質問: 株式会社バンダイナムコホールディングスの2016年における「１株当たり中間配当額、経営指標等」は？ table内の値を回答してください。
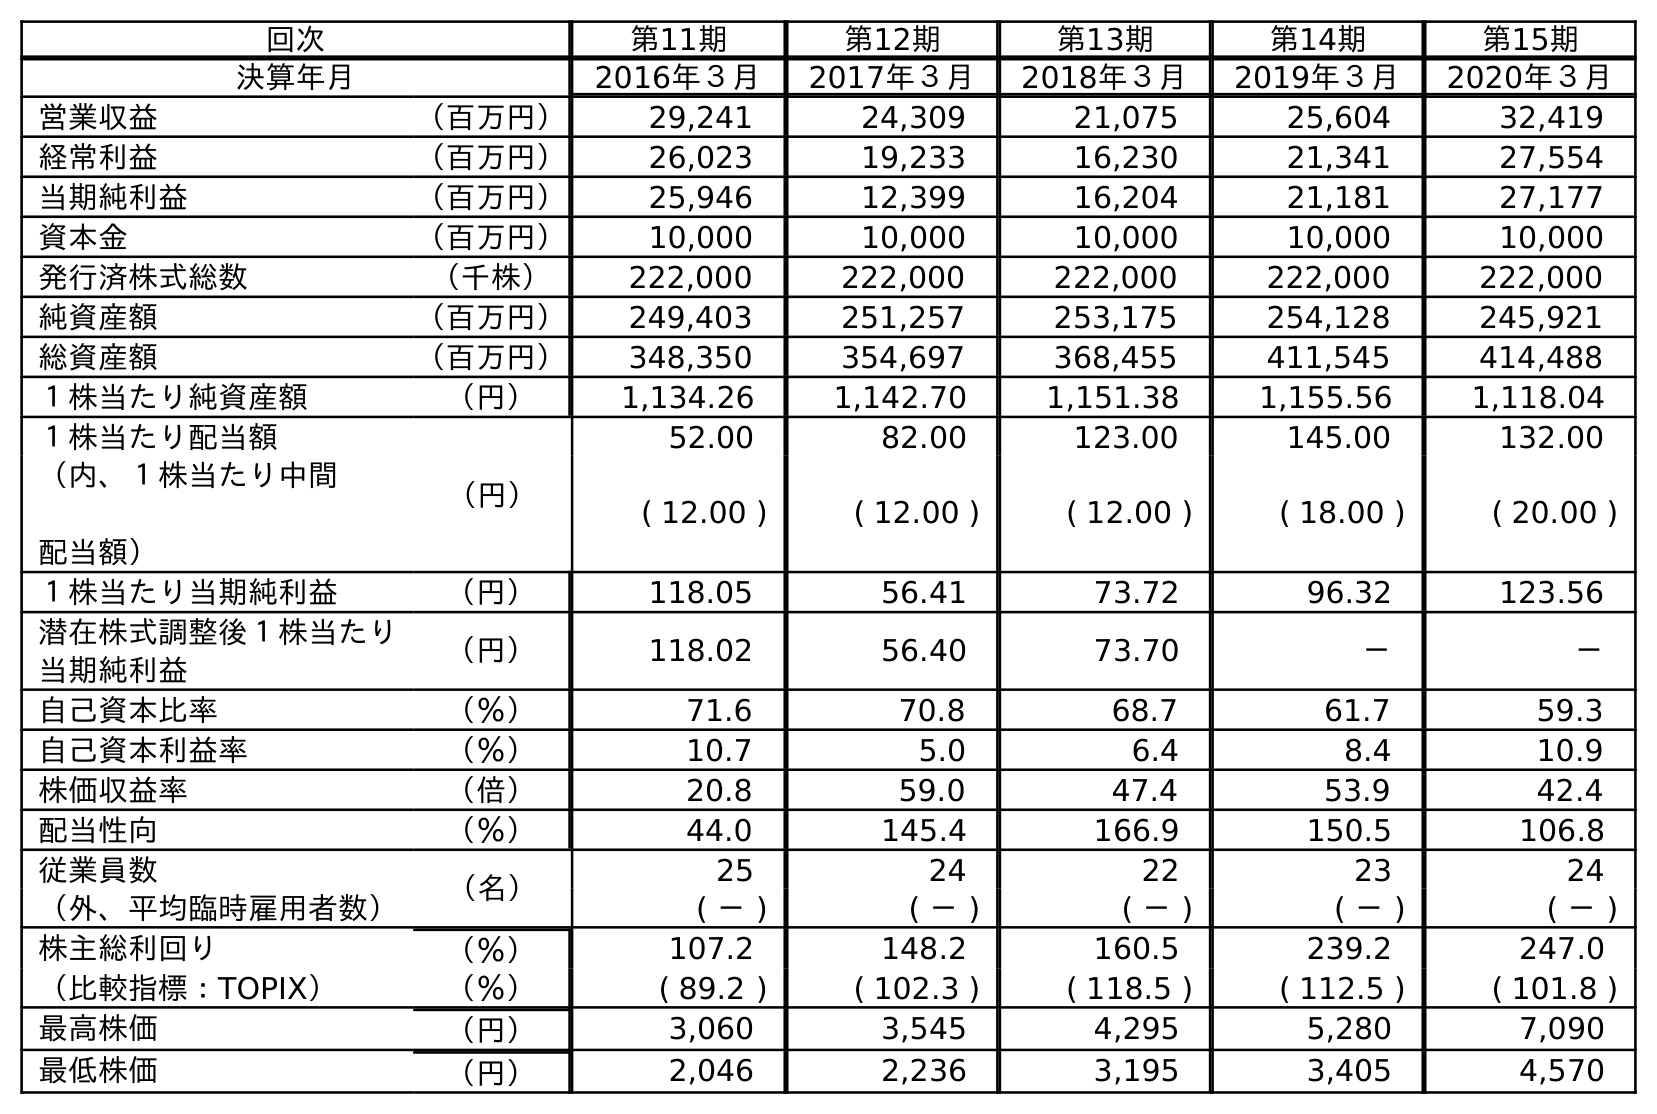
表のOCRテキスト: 回次 第11期 第12期 第13期 第14期 第15期 決算年月 2016年３月 2017年３月 2018年３月 2019年３月 2020年３月 営業収益 （百万円） 29,241 24,309 21,075 25,604 32,419 経常利益 （百万円） 26,023 19,233 16,230 21,341 27,554 当期純利益 （百万円） 25,946 12,399 16,204 21,181 27,177 資本金 （百万円） 10,000 10,000 10,000 10,000 10,000 発行済株式総数 （千株） 222,000 222,000 222,000 222,000 222,000 純資産額 （百万円） 249,403 251,257 253,175 254,128 245,921 総資産額 （百万円） 348,350 354,697 368,455 411,545 414,488 １株当たり純資産額 （円） 1,134.26 1,142.70 1,151.38 1,155.56 1,118.04 １株当たり配当額 （円） 52.00 82.00 123.00 145.00 132.00 （内、１株当たり中間 配当額） ( 12.00 ) ( 12.00 ) ( 12.00 ) ( 18.00 ) ( 20.00 ) １株当たり当期純利益 （円） 118.05 56.41 73.72 96.32 123.56 潜在株式調整後１株当たり 当期純利益 （円） 118.02 56.40 73.70 － － 自己資本比率 （％） 71.6 70.8 68.7 61.7 59.3 自己資本利益率 （％） 10.7 5.0 6.4 8.4 10.9 株価収益率 （倍） 20.8 59.0 47.4 53.9 42.4 配当性向 （％） 44.0 145.4 166.9 150.5 106.8 従業員数 （名） 25 24 22 23 24 （外、平均臨時雇用者数） ( － ) ( － ) ( － ) ( － ) ( － ) 株主総利回り （％） 107.2 148.2 160.5 239.2 247.0 （比較指標：TOPIX） （％） ( 89.2 ) ( 102.3 ) ( 118.5 ) ( 112.5 ) ( 101.8 ) 最高株価 （円） 3,060 3,545 4,295 5,280 7,090 最低株価 （円） 2,046 2,236 3,195 3,405 4,570
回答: (12.00)